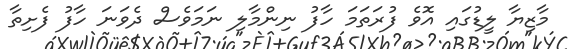
މާޒިޔާ ލީޑުގައި އޮވެ ފުރަތަމަ ހާފު ނިންމާލި ނަމަވެސް ދެވަނަ ހާފު ފެށިތާ